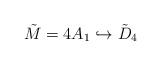
LaTeX: \begin{align*}\tilde M = 4 A_1 \hookrightarrow \tilde D_4\end{align*}